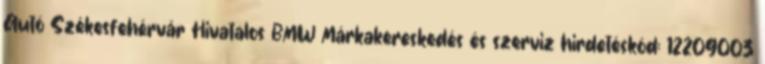
Autó Székesfehérvár Hivatalos BMW Márkakereskedés és szerviz hirdetéskód: 12209003